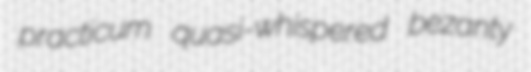
practicum quasi-whispered bezanty